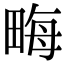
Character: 畮